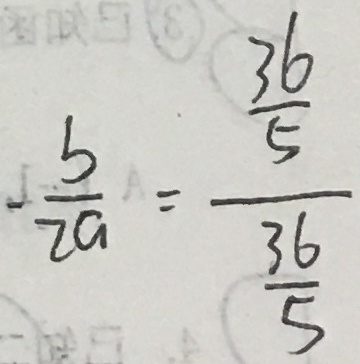
- \frac { b } { 2 a } = \frac { \frac { 3 6 } { 5 } } { \frac { 3 6 } { 5 } }